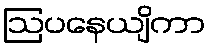
ဩပနေယျိကာ